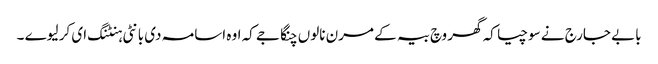
بابے جارج نے سوچیا کہ گھر وچ بیہ کے مرن نالوں چنگا جے کہ اوہ اسامہ دی بانٹی ہنٹنگ ای کر لیوے ۔